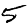
Digit: 5